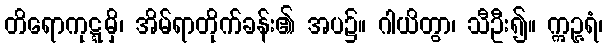
တိရောကုဋ္ဋမှိ၊ အိမ်ရာတိုက်ခန်း၏ အပ၌။ ဂါယိတွာ၊ သီဦး၍။ ဣဉ္ဇရံ၊